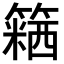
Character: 𥴅